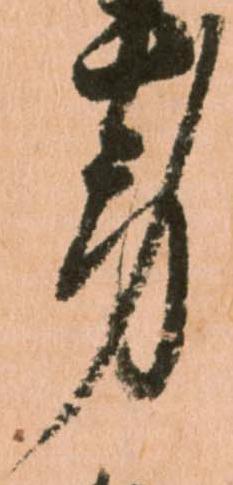
労